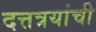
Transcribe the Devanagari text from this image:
दत्तत्रयांची